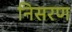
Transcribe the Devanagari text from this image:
निसरण